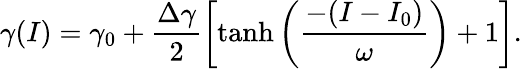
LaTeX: \gamma(I)=\gamma_{0}+\frac{\Delta\gamma}{2}\left[\operatorname{tanh}\left(\frac{-(I-I_{0})}{\omega}\right)+1\right].